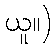
ယူ။)